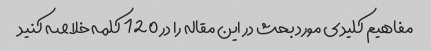
مفاهیم کلیدی مورد بحث در این مقاله را در 120 کلمه خلاصه کنید